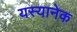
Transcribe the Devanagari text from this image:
यस्यानेक